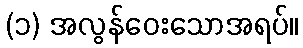
(၁) အလွန်ဝေးသောအရပ်။